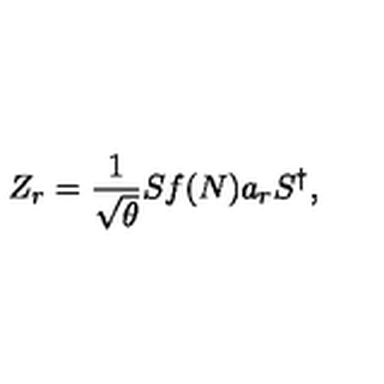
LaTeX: Z _ { r } = \frac { 1 } { \sqrt { \theta } } S f ( N ) a _ { r } S ^ { \dagger } ,